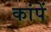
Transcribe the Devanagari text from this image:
कांपें